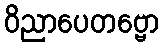
ဝိညာပေတဗ္ဗော